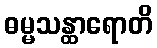
ဓမ္မသန္ထာရောတိ